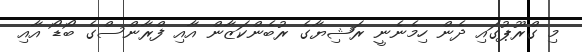
މި ގްރޫޕުގައި ދެން ހިމެނެނީ ރަޝިޔާގެ ރުބެންކަޒާން އާއި ފްރާންސްގެ ބޯޑޯ އާއި